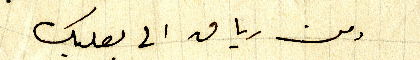
ومن رياق الى بعلبك